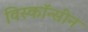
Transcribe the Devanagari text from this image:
विस्कॉन्सीन